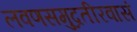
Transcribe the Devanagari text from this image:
लवणसमुद्रतीरवासं